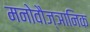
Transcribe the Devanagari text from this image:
मनोवौज्ञानिक